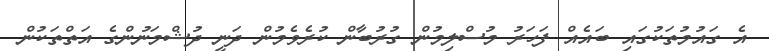
އެ ގައުމުތަކުގައި ބައެއް ފަހަރު މުސްލިމުން ގުރުބާން ކުރެވެމުން ދަނީ ދުޝްމަނުންގެ އަތްތަކުން